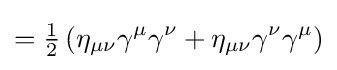
={\tfrac {1}{2}}\left(\eta _{\mu \nu }\gamma ^{\mu }\gamma ^{\nu }+\eta _{\mu \nu }\gamma ^{\nu }\gamma ^{\mu }\right)